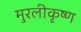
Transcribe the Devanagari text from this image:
मुरलीकृष्ण